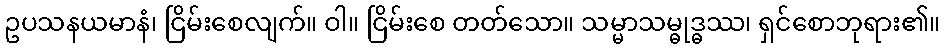
ဥပသနယမာနံ၊ ငြိမ်းစေလျက်။ ဝါ။ ငြိမ်းစေ တတ်သော။ သမ္မာသမ္ဓုဒ္ဓဿ၊ ရှင်စောဘုရား၏။